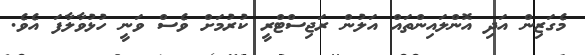
މެގަޒިން އަދި އޮންލައިންތައް އަލުން ރަޖިސްޓްރީ ކުރުމަށް ވެސް ވަނީ ހުޅުވާލާފަ އެވެ.